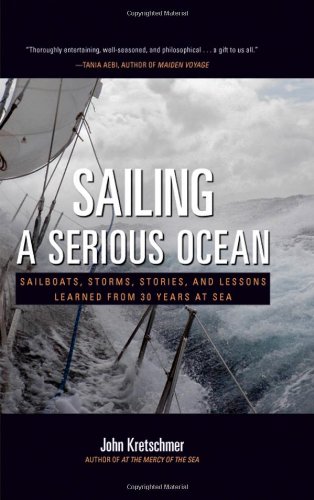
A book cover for Sailing a Serious Ocean: Sailboats, Storms, Stories and Lessons Learned from 30 Years at Sea; John Kretschmer; Biographies & Memoirs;